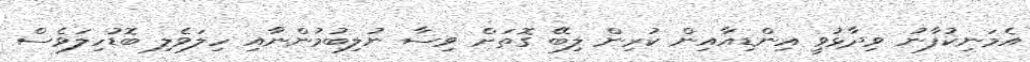
އެމަނިކުފާނު ވިދާޅުވީ އިންޑިއާއިން ކުރިން ލިބޭ ގޮތަށް ވިސާ ނުލިބުމުންނާއި ހިލަވެލި ބޮޑުހިލަވެސް